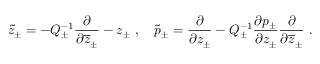
\tilde { z } _ { \pm } = - Q _ { \pm } ^ { - 1 } \displaystyle \displaystyle \frac { \partial } { \partial \overline { { { z } } } _ { \pm } } - z _ { \pm } ~ , ~ ~ ~ \tilde { p } _ { \pm } = \displaystyle \displaystyle \frac { \partial } { \partial z _ { \pm } } - Q _ { \pm } ^ { - 1 } \displaystyle \frac { \partial p _ { \pm } } { \partial z _ { \pm } } \displaystyle \displaystyle \frac { \partial } { \partial \overline { { { z } } } _ { \pm } } ~ .